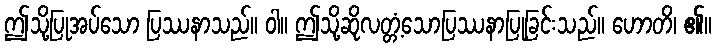
ဤသို့ပြုအပ်သော ပြဿနာသည်။ ဝါ။ ဤသို့ဆိုလတ္တံ့သောပြဿနာပြုခြင်းသည်။ ဟောတိ၊ ၏။